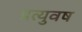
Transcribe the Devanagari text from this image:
प्रत्युवष